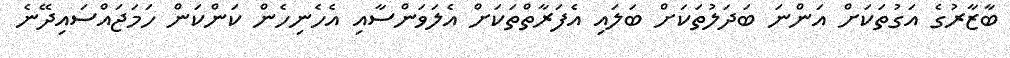
ބާޒާރުގެ އަގުތަކަށް އަންނަ ބަދަލުތަކަށް ބަލައި އެފަރާތްތަކަށް އެލަވަންސާއި އެހެނިހެން ކަންކަން ހަމަޖައްސައިދޭނެ